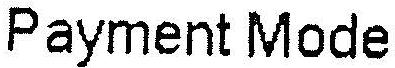
PAYMENT MODE